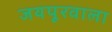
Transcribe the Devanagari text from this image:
जयपूरवाला